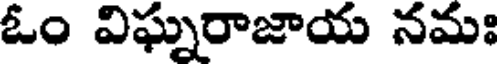
ఓం విఘ్నరాజాయ నమః